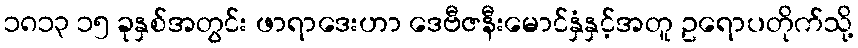
၁၈၁၃ ၁၅ ခုနှစ်အတွင်း ဖာရာဒေးဟာ ဒေဗီဇနီးမောင်နှံနှင့်အတူ ဥရောပတိုက်သို့